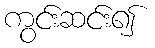
ကွင်းဆင်း၍